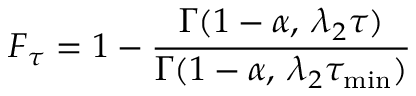
F _ { \tau } = 1 - \frac { \Gamma ( 1 - \alpha , \: \lambda _ { 2 } \tau ) } { \Gamma ( 1 - \alpha , \: \lambda _ { 2 } \tau _ { \mathrm { m i n } } ) }